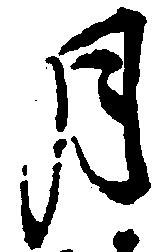
月